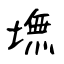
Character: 墲